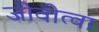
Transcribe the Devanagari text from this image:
जीवीत्वा